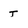
Character: T